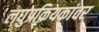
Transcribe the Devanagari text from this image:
लघुप्रक्रियकांवर